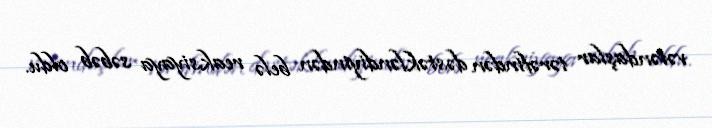
vətəndaşlar tərəfindən dəstəkləndiyindən belə reaksiyaya səbəb oldu.